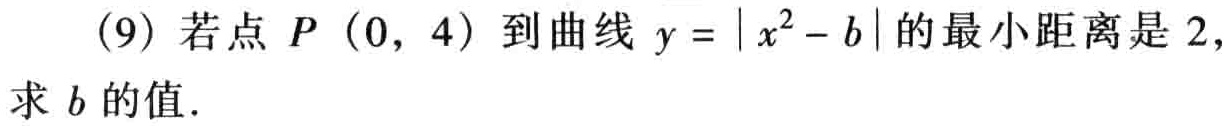
(9) 若点 \(P(0,4)\) 到曲线 \(y = |x^{2}-b|\) 的最小距离是 \(2\)，求 \(b\) 的值.